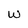
Character: w